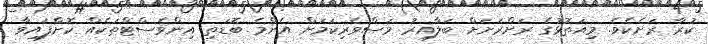
ކުރާ ރަށެކެވެ. މިއަތޮޅުގެ ރަށްރަށަށް ބަލާއިރު މަސްވެރިކަމަށް އެންމެ ބޮޑަތި އިންވެސްޓްތަކެއް ކޮށްފައިވާ